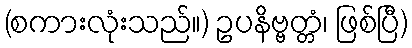
(စကားလုံးသည်။) ဥပနိဗ္ဗတ္တံ၊ ဖြစ်ပြီ)